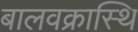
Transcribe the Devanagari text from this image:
बालवक्रास्थि